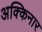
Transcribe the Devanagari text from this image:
अक्किनार